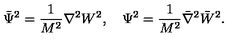
{ \bar { \Psi } } ^ { 2 } = \frac { 1 } { M ^ { 2 } } \nabla ^ { 2 } { W ^ { 2 } } , \quad \Psi ^ { 2 } = \frac { 1 } { M ^ { 2 } } { \bar { \nabla } } ^ { 2 } { \bar { W } } ^ { 2 } .